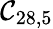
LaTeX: \mathcal{C}_{28,5}